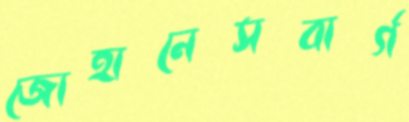
জোহানেসবার্গ